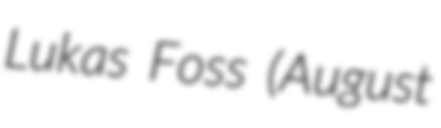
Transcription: Lukas Foss (August